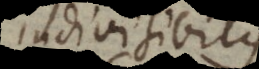
indivisibi